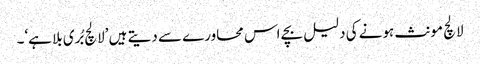
لالچ مونث ہونے کی دلیل بچے اس محاورے سے دیتے ہیں ’لالچ بُری بلا ہے‘۔